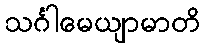
သင်္ဂါမေယျာမာတိ